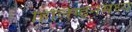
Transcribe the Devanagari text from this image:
हिलिंग्ड्नमध्ये